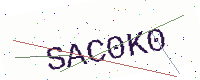
Text: SAC0K0